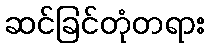
ဆင်ခြင်တုံတရား